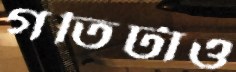
গতিটাও